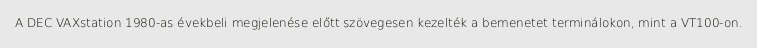
A DEC VAXstation 1980-as évekbeli megjelenése előtt szövegesen kezelték a bemenetet terminálokon, mint a VT100-on.